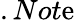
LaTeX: .Not\mathrm{e}